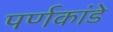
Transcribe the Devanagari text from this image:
पर्णकांडे